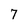
Character: 7